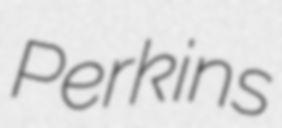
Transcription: Perkins